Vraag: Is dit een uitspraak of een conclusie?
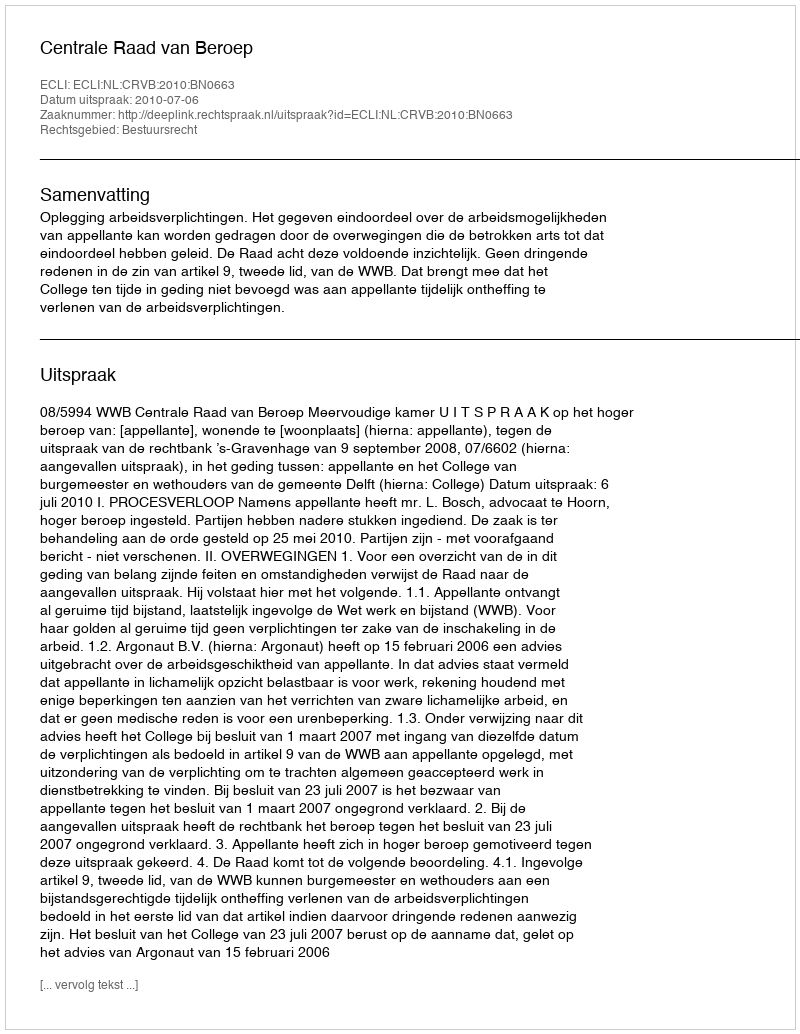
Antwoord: Uitspraak